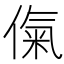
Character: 㑶